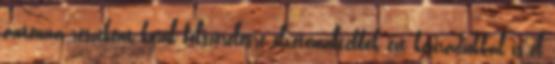
antenna részeként kerül felszerelésre elvetemültebbek ezt kézirádiókkal is el